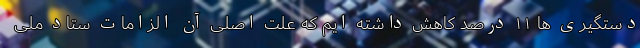
دستگیری ها ۱۱ درصد کاهش داشته ایم که علت اصلی آن الزامات ستاد ملی